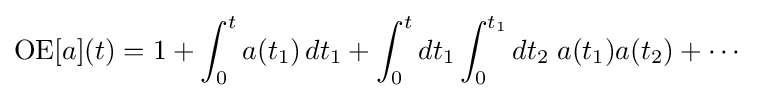
\operatorname {OE} [a](t)=1+\int _{0}^{t}a(t_{1})\,dt_{1}+\int _{0}^{t}dt_{1}\int _{0}^{t_{1}}dt_{2}\;a(t_{1})a(t_{2})+\cdots